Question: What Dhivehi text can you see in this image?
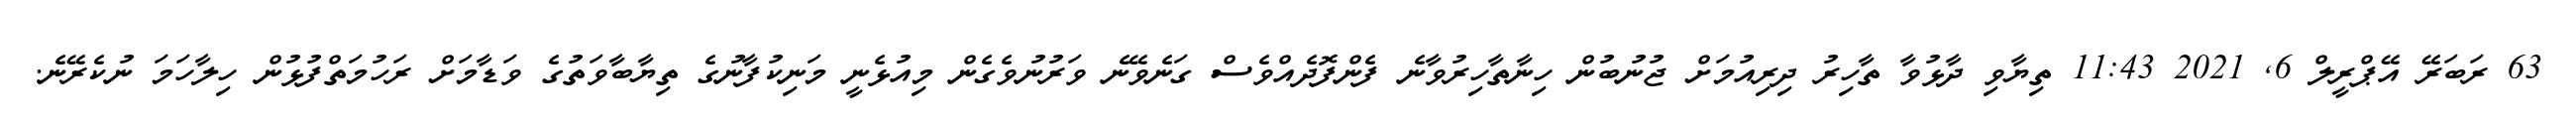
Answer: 63 ރަބަރޭ އޭޕްރީލް 6, 2021 11:43 ތިޔާވި ދާޅުވާ ތާހިރު ދިރިއުމަށް ޖުނުބުން ހިނާތާހިރުވާނެ ފެންފޮދެއްވެސް ގަނެވޭނެ ވަރުނުވެގެން މިއުޅެނީ މަނިކުފާނުގެ ތިޔާބާވަތުގެ ވަޑާމަށް ރަހުމަތްފުޅުން ހިލާހަމަ ނުކެރޭނެ.